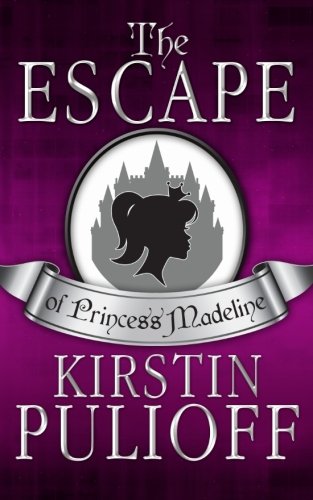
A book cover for The Escape of Princess Madeline (Volume 1); Kirstin Pulioff; Science Fiction & Fantasy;